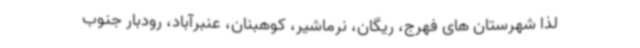
لذا شهرستان های فهرج، ریگان، نرماشیر، کوهبنان، عنبرآباد، رودبار جنوب